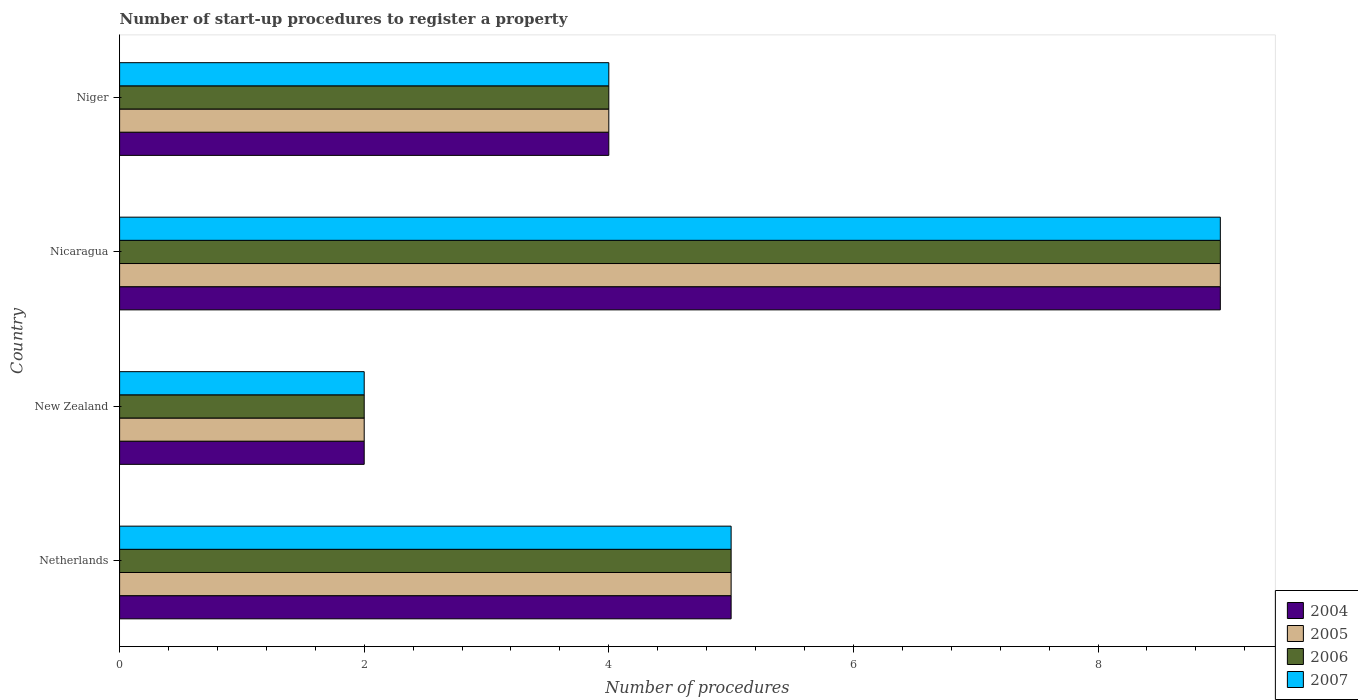
| Country | 2004 | 2005 | 2006 | 2007 |
 | --- | --- | --- | --- | --- |
 | Netherlands | 5 | 5 | 5 | 5 |
 | New Zealand | 2 | 2 | 2 | 2 |
 | Nicaragua | 9 | 9 | 9 | 9 |
 | Niger | 4 | 4 | 4 | 4 |